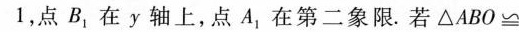
1，点B_{1}，在y轴上，点A_{1}，在第二象限.若△ABO≌